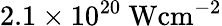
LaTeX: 2.1\times 10^{20}~{\mathrm{W}\mathrm{cm}^{-2}}